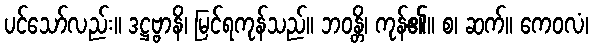
ပင်သော်လည်း။ ဒဋ္ဌဗ္ဗာနိ၊ မြင်ရကုန်သည်။ ဘဝန္တိ၊ ကုန်၏။ စ၊ ဆက်။ ကေဝလံ၊